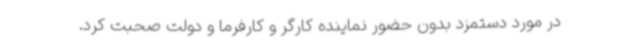
در مورد دستمزد بدون حضور نماینده کارگر و کارفرما و دولت صحبت کرد.